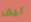
ليف